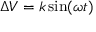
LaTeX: \Delta V = k \sin ( \omega t )